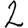
Digit: 2